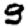
Digit: 9